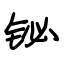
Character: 铋